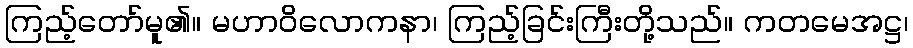
ကြည့်တော်မူ၏။ မဟာဝိလောကနာ၊ ကြည့်ခြင်းကြီးတို့သည်။ ကတမေအဋ္ဌ၊